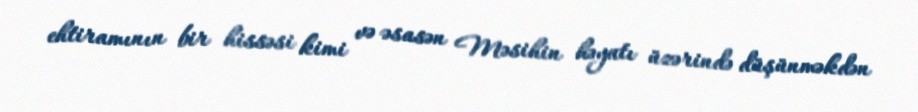
ehtiramının bir hissəsi kimi və əsasən Məsihin həyatı üzərində düşünməkdən